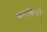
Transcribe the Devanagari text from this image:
काबिनी